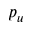
p _ { u }